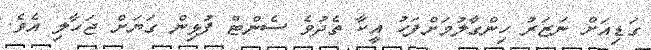
ގަޑިއަށް ނަޒަރު ހިންގާލުމަށްފަހު އީކާ ތެދުވެ ސެންޓް ފުޅިން ގަޔަށް ޖަހާލި އެވެ.